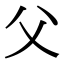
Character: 父